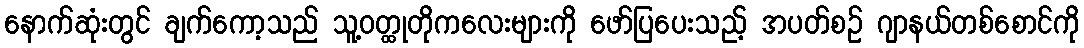
နောက်ဆုံးတွင် ချက်ကော့သည် သူ့ဝတ္ထုတိုကလေးများကို ဖော်ပြပေးသည့် အပတ်စဉ် ဂျာနယ်တစ်စောင်ကို